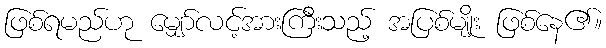
ဖြစ်ရမည်ဟု မျှော်လင့်အားကြီးသည့် အပြစ်မျိုး ဖြစ်နေ၏။